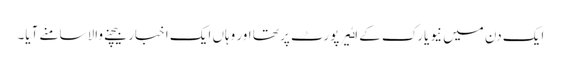
ایک دن میں نیویارک کے اٸیرپورٹ پر تھا اور وہاں ایک اخبار بیچنے والا سامنے آیا۔